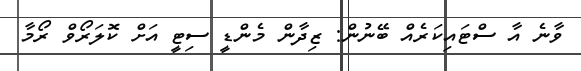
ވާނެ އާ ސްޓައިކަރެއް ބޭނުން: ޒިދާން މެންޑީ ސިޓީ އަށް ކޮލަރޯވް ރޯމާ